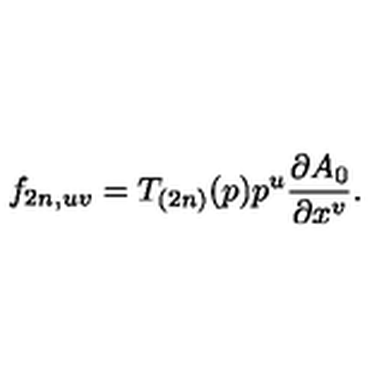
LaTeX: f _ { 2 n , u v } = T _ { ( 2 n ) } ( p ) p ^ { u } \frac { \partial A _ { 0 } } { \partial x ^ { v } } .